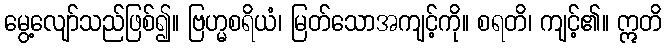
မွေ့လျော်သည်ဖြစ်၍။ ဗြဟ္မစရိယံ၊ မြတ်သောအကျင့်ကို။ စရတိ၊ ကျင့်၏။ ဣတိ